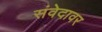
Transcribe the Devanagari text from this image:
संवेदावर